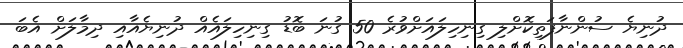
ދުނިޔެ ސުންނާފަތިކޮށްލި ގިނިހިލައަށްވުރެ 50 ގުނަ ބޮޑު ގިނިހިލައެއް ދުނިޔެއާއި ދިމާލަށް އެބަ